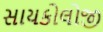
સાયકોલોજી